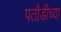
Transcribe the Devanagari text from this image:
पतौडीच्या